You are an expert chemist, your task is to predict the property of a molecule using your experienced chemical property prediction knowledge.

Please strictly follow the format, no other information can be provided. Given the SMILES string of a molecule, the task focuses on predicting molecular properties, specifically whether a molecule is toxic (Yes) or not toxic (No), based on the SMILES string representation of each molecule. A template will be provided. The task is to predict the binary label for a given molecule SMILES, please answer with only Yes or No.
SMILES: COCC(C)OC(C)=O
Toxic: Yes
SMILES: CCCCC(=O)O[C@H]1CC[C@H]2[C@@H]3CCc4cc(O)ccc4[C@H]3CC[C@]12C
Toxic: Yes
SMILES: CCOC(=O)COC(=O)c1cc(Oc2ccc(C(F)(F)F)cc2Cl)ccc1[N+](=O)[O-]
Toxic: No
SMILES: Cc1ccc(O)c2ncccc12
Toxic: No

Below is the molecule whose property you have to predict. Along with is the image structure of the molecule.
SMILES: Cc1ncc(C[n+]2csc(CCOP(=O)(O)O)c2C)c(N)n1
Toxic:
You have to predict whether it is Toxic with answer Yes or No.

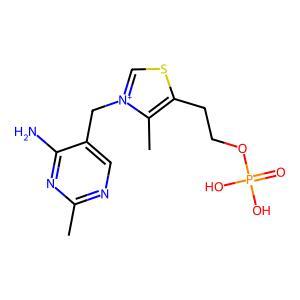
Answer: No